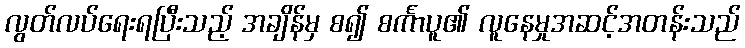
လွတ်လပ်ရေးရပြီးသည့် အချိန်မှ စ၍ စင်္ကာပူ၏ လူနေမှုအဆင့်အတန်းသည်